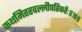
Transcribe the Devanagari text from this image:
कथमितरवल्लीपरिकरैः॥१०॥